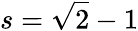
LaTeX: s=\sqrt{2}-1